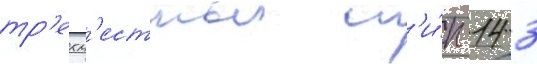
тр'ехм'естныи т'и́п 14 3